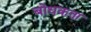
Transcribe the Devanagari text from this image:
बोधकता